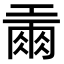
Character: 𢀪